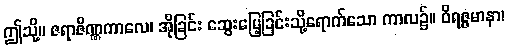
ဤသို့။ ဇရာဇိဏ္ဏကာလေ၊ အိုခြင်း ဆွေးမြေ့ခြင်းသို့ရောက်သော ကာလ၌။ ဝိရဇ္ဇမာနာ၊